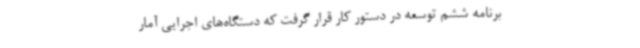
برنامه ششم توسعه در دستور کار قرار گرفت که دستگاه‌های اجرایی آمار